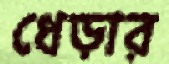
ধেড়ার